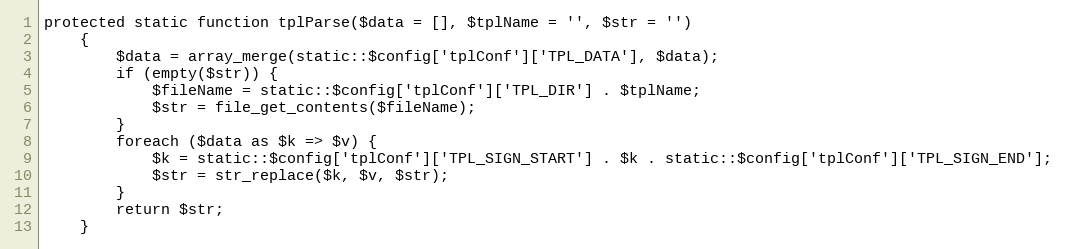
Language: PHP
protected static function tplParse($data = [], $tplName = '', $str = '')
    {
        $data = array_merge(static::$config['tplConf']['TPL_DATA'], $data);
        if (empty($str)) {
            $fileName = static::$config['tplConf']['TPL_DIR'] . $tplName;
            $str = file_get_contents($fileName);
        }
        foreach ($data as $k => $v) {
            $k = static::$config['tplConf']['TPL_SIGN_START'] . $k . static::$config['tplConf']['TPL_SIGN_END'];
            $str = str_replace($k, $v, $str);
        }
        return $str;
    }